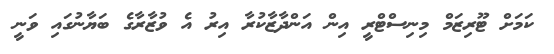
ކަމަށް ޓޫރިޒަމް މިނިސްޓްރީ އިން އަންދާޒާކުރާ އިރު އެ ވުޒާރާގެ ބަޔާނުގައި ވަނީ